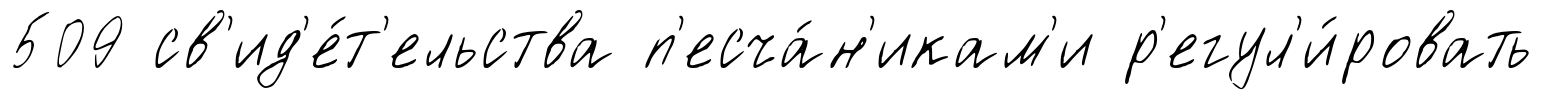
509 св'ид'е́т'ельства п'есча́н'икам'и р'егул'и́ровать